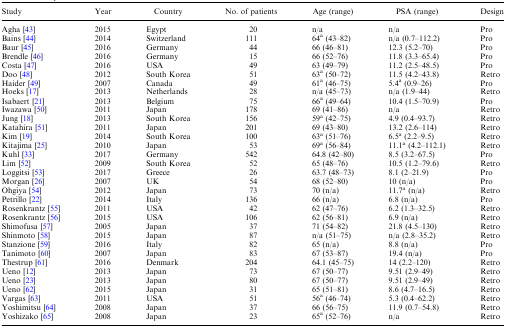
<table><thead><tr><td><b>Study</b></td><td><b>Year</b></td><td><b>Country</b></td><td><b>No. of patients</b></td><td><b>Age (range)</b></td><td><b>PSA (range)</b></td><td><b>Design</b></td></tr></thead><tbody><tr><td>Agha [43]</td><td>2015</td><td>Egypt</td><td>20</td><td>n/a</td><td>n/a</td><td>Pro</td></tr><tr><td>Bains [44]</td><td>2014</td><td>Switzerland</td><td>111</td><td>64<sup>a</sup> (43–82)</td><td>n/a (0.7–112.2)</td><td>Pro</td></tr><tr><td>Baur [45]</td><td>2016</td><td>Germany</td><td>44</td><td>66 (46–81)</td><td>12.3 (5.2–70)</td><td>Pro</td></tr><tr><td>Brendle [46]</td><td>2016</td><td>Germany</td><td>15</td><td>66 (52–76)</td><td>11.8 (3.3–65.4)</td><td>Pro</td></tr><tr><td>Costa [47]</td><td>2016</td><td>USA</td><td>49</td><td>63 (49–79)</td><td>11.2 (2.5–48.5)</td><td>Pro</td></tr><tr><td>Doo [48]</td><td>2012</td><td>South Korea</td><td>51</td><td>63<sup>a</sup> (50–72)</td><td>11.5 (4.2–43.8)</td><td>Retro</td></tr><tr><td>Haider [49]</td><td>2007</td><td>Canada</td><td>49</td><td>61<sup>a</sup> (46–75)</td><td>5.4<sup>a</sup> (0.9–26)</td><td>Pro</td></tr><tr><td>Hoeks [17]</td><td>2013</td><td>Netherlands</td><td>28</td><td>n/a (45–73)</td><td>n/a (1.9–44)</td><td>Retro</td></tr><tr><td>Isabaert [21]</td><td>2013</td><td>Belgium</td><td>75</td><td>66<sup>a</sup> (49–64)</td><td>10.4 (1.5–70.9)</td><td>Pro</td></tr><tr><td>Iwazawa [50]</td><td>2011</td><td>Japan</td><td>178</td><td>69 (41–86)</td><td>n/a</td><td>Retro</td></tr><tr><td>Jung [18]</td><td>2013</td><td>South Korea</td><td>156</td><td>59<sup>a</sup> (42–75)</td><td>4.9 (0.4–93.7)</td><td>Retro</td></tr><tr><td>Katahira [51]</td><td>2011</td><td>Japan</td><td>201</td><td>69 (43–80)</td><td>13.2 (2.6–114)</td><td>Retro</td></tr><tr><td>Kim [19]</td><td>2014</td><td>South Korea</td><td>100</td><td>63<sup>a</sup> (51–76)</td><td>6.5<sup>a</sup> (2.2–9.5)</td><td>Retro</td></tr><tr><td>Kitajima [25]</td><td>2010</td><td>Japan</td><td>53</td><td>69<sup>a</sup> (56–84)</td><td>11.1<sup>a</sup> (4.2–112.1)</td><td>Retro</td></tr><tr><td>Kuhl [33]</td><td>2017</td><td>Germany</td><td>542</td><td>64.8 (42–80)</td><td>8.5 (3.2–67.5)</td><td>Pro</td></tr><tr><td>Lim [52]</td><td>2009</td><td>South Korea</td><td>52</td><td>65 (48–76)</td><td>10.5 (1.2–79.6)</td><td>Retro</td></tr><tr><td>Loggitsi [53]</td><td>2017</td><td>Greece</td><td>26</td><td>63.7 (48–73)</td><td>8.1 (2–21.9)</td><td>Pro</td></tr><tr><td>Morgan [26]</td><td>2007</td><td>UK</td><td>54</td><td>68 (52–80)</td><td>10 (n/a)</td><td>Pro</td></tr><tr><td>Ohgiya [54]</td><td>2012</td><td>Japan</td><td>73</td><td>70 (n/a)</td><td>11.7<sup>a</sup> (n/a)</td><td>Retro</td></tr><tr><td>Petrillo [22]</td><td>2014</td><td>Italy</td><td>136</td><td>66 (n/a)</td><td>6.8 (n/a)</td><td>Pro</td></tr><tr><td>Rosenkrantz [55]</td><td>2011</td><td>USA</td><td>42</td><td>62 (47–76)</td><td>6.2 (1.3–32.5)</td><td>Retro</td></tr><tr><td>Rosenkrantz [56]</td><td>2015</td><td>USA</td><td>106</td><td>62 (56–81)</td><td>6.9 (n/a)</td><td>Retro</td></tr><tr><td>Shimofusa [57]</td><td>2005</td><td>Japan</td><td>37</td><td>71 (54–82)</td><td>21.8 (4.5–130)</td><td>Retro</td></tr><tr><td>Shinmoto [58]</td><td>2015</td><td>Japan</td><td>87</td><td>n/a (51–75)</td><td>n/a (2.8–35.2)</td><td>Retro</td></tr><tr><td>Stanzione [59]</td><td>2016</td><td>Italy</td><td>82</td><td>65 (n/a)</td><td>8.8 (n/a)</td><td>Pro</td></tr><tr><td>Tanimoto [60]</td><td>2007</td><td>Japan</td><td>83</td><td>67 (53–87)</td><td>19.4 (n/a)</td><td>Pro</td></tr><tr><td>Thestrup [61]</td><td>2016</td><td>Denmark</td><td>204</td><td>64.1 (45–75)</td><td>14 (2.2–120)</td><td>Retro</td></tr><tr><td>Ueno [12]</td><td>2013</td><td>Japan</td><td>73</td><td>67 (50–77)</td><td>9.51 (2.9–49)</td><td>Retro</td></tr><tr><td>Ueno [23]</td><td>2013</td><td>Japan</td><td>80</td><td>67 (50–77)</td><td>9.51 (2.9–49)</td><td>Retro</td></tr><tr><td>Ueno [62]</td><td>2015</td><td>Japan</td><td>31</td><td>65 (51–81)</td><td>8.6 (4.7–16.5)</td><td>Retro</td></tr><tr><td>Vargas [63]</td><td>2011</td><td>USA</td><td>51</td><td>56<sup>a</sup> (46–74)</td><td>5.3 (0.4–62.2)</td><td>Retro</td></tr><tr><td>Yoshimitsu [64]</td><td>2008</td><td>Japan</td><td>37</td><td>66 (56–75)</td><td>11.9 (0.7–54.8)</td><td>Retro</td></tr><tr><td>Yoshizako [65]</td><td>2008</td><td>Japan</td><td>23</td><td>65<sup>a</sup> (52–76)</td><td>n/a</td><td>Retro</td></tr></tbody></table>